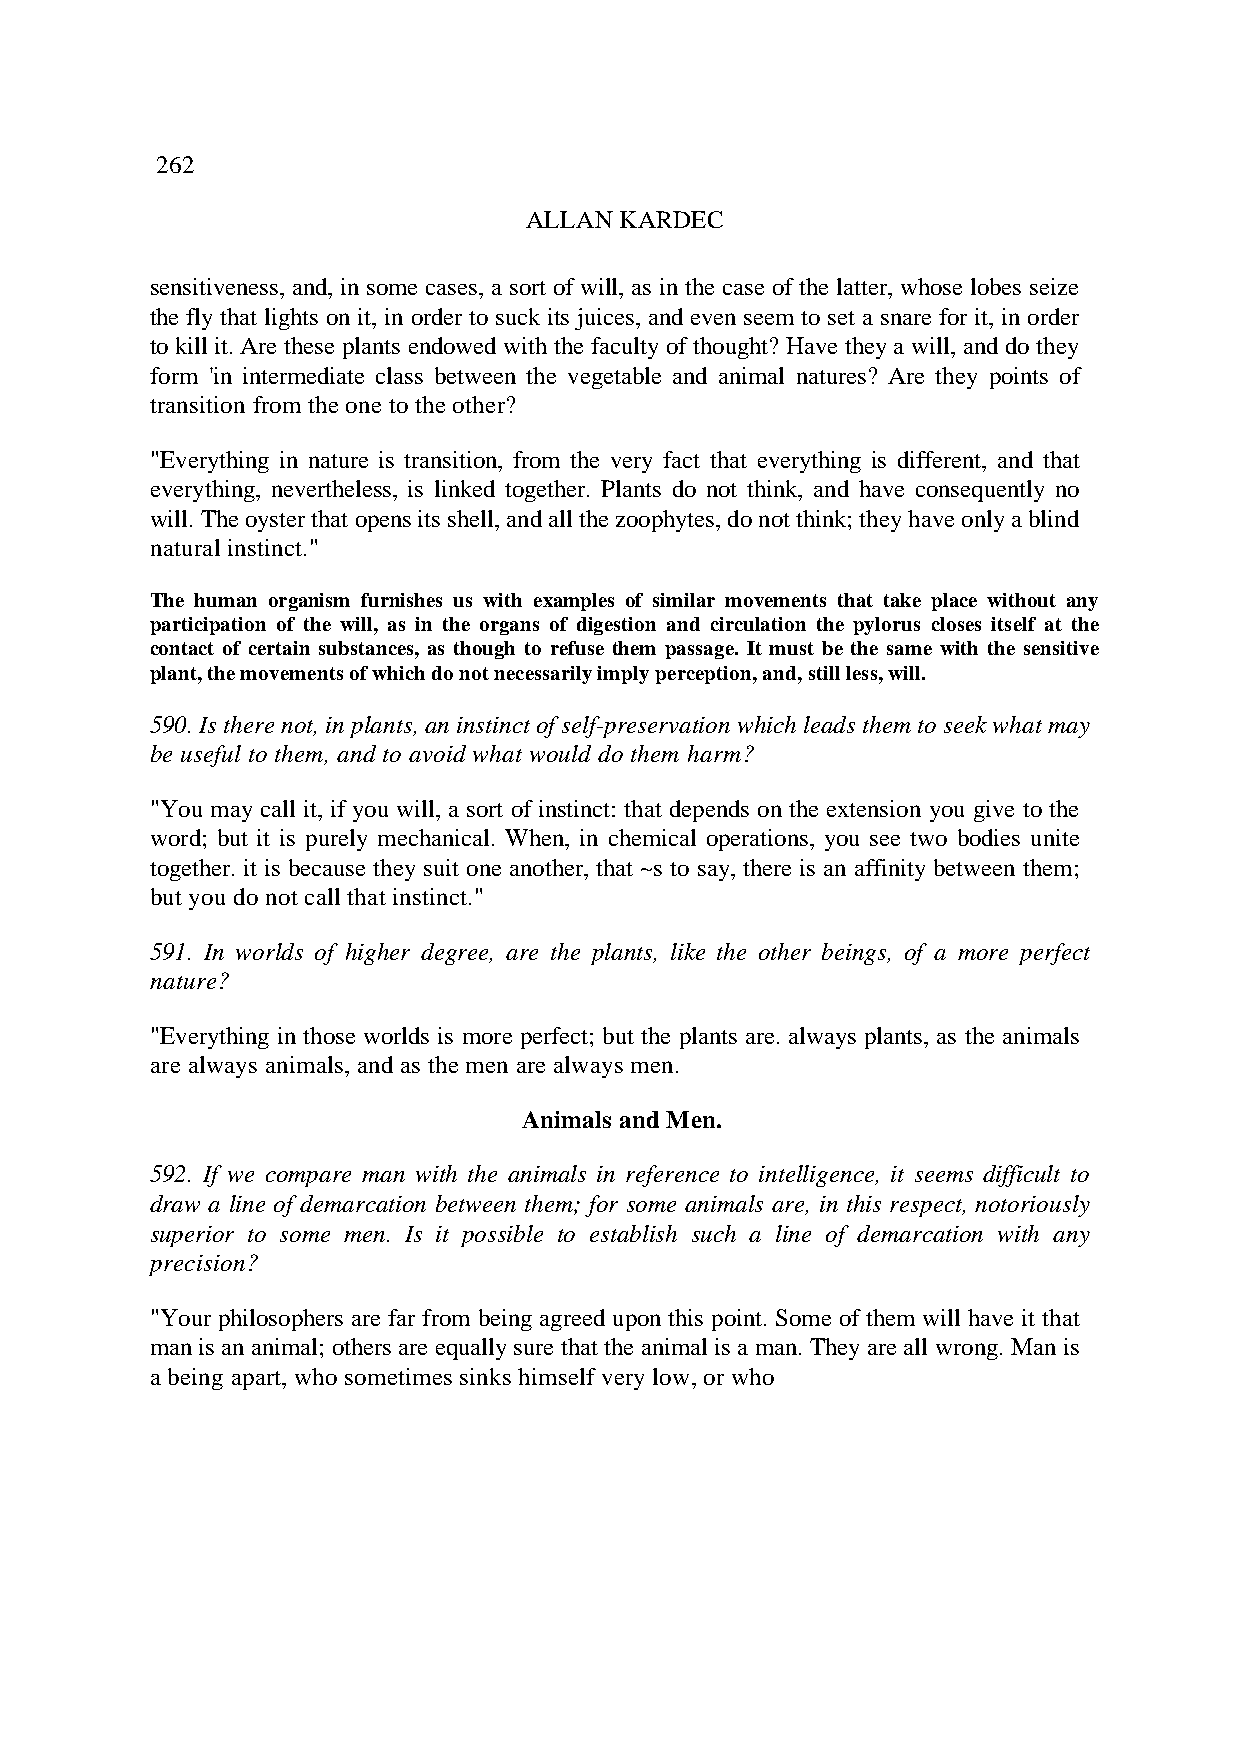
262
 ALLAN KARDEC
 sensitiveness, and, in some cases, a sort of will, as in the case of the latter, whose lobes seize
 the fly that lights on it, in order to suck its juices, and even seem to set a snare for it, in order
 to kill it. Are these plants endowed with the faculty of thought? Have they a will, and do they
 form 'in intermediate class between the vegetable and animal natures? Are they points of
 transition from the one to the other?
 "Everything in nature is transition, from the very fact that everything is different, and that
 everything, nevertheless, is linked together. Plants do not think, and have consequently no
 will. The oyster that opens its shell, and all the zoophytes, do not think; they have only a blind
 natural instinct."
 The human organism furnishes us with examples of similar movements that take place without any
 participation of the will, as in the organs of digestion and circulation the pylorus closes itself at the
 contact of certain substances, as though to refuse them passage. It must be the same with the sensitive
 plant, the movements of which do not necessarily imply perception, and, still less, will.
 590. Is there not, in plants, an instinct of self-preservation which leads them to seek what may
 be useful to them, and to avoid what would do them harm?
 "You may call it, if you will, a sort of instinct: that depends on the extension you give to the
 word; but it is purely mechanical. When, in chemical operations, you see two bodies unite
 together. it is because they suit one another, that ~s to say, there is an affinity between them;
 but you do not call that instinct."
 591. In worlds of higher degree, are the plants, like the other beings, of a more perfect
 nature?
 "Everything in those worlds is more perfect; but the plants are. always plants, as the animals
 are always animals, and as the men are always men.
 Animals and Men.
 592. If we compare man with the animals in reference to intelligence, it seems difficult to
 draw a line of demarcation between them; for some animals are, in this respect, notoriously
 superior to some men. Is it possible to establish such a line of demarcation with any
 precision?
 "Your philosophers are far from being agreed upon this point. Some of them will have it that
 man is an animal; others are equally sure that the animal is a man. They are all wrong. Man is
 a being apart, who sometimes sinks himself very low, or who